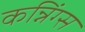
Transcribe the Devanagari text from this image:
कन्निंग्स